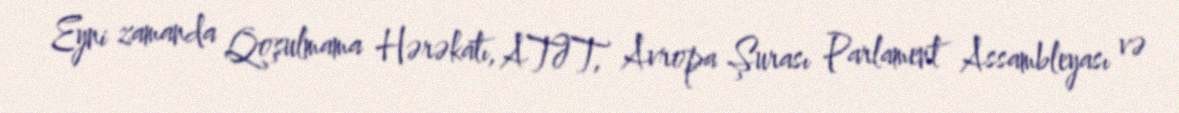
Eyni zamanda Qoşulmama Hərəkatı, ATƏT, Avropa Şurası Parlament Assambleyası və